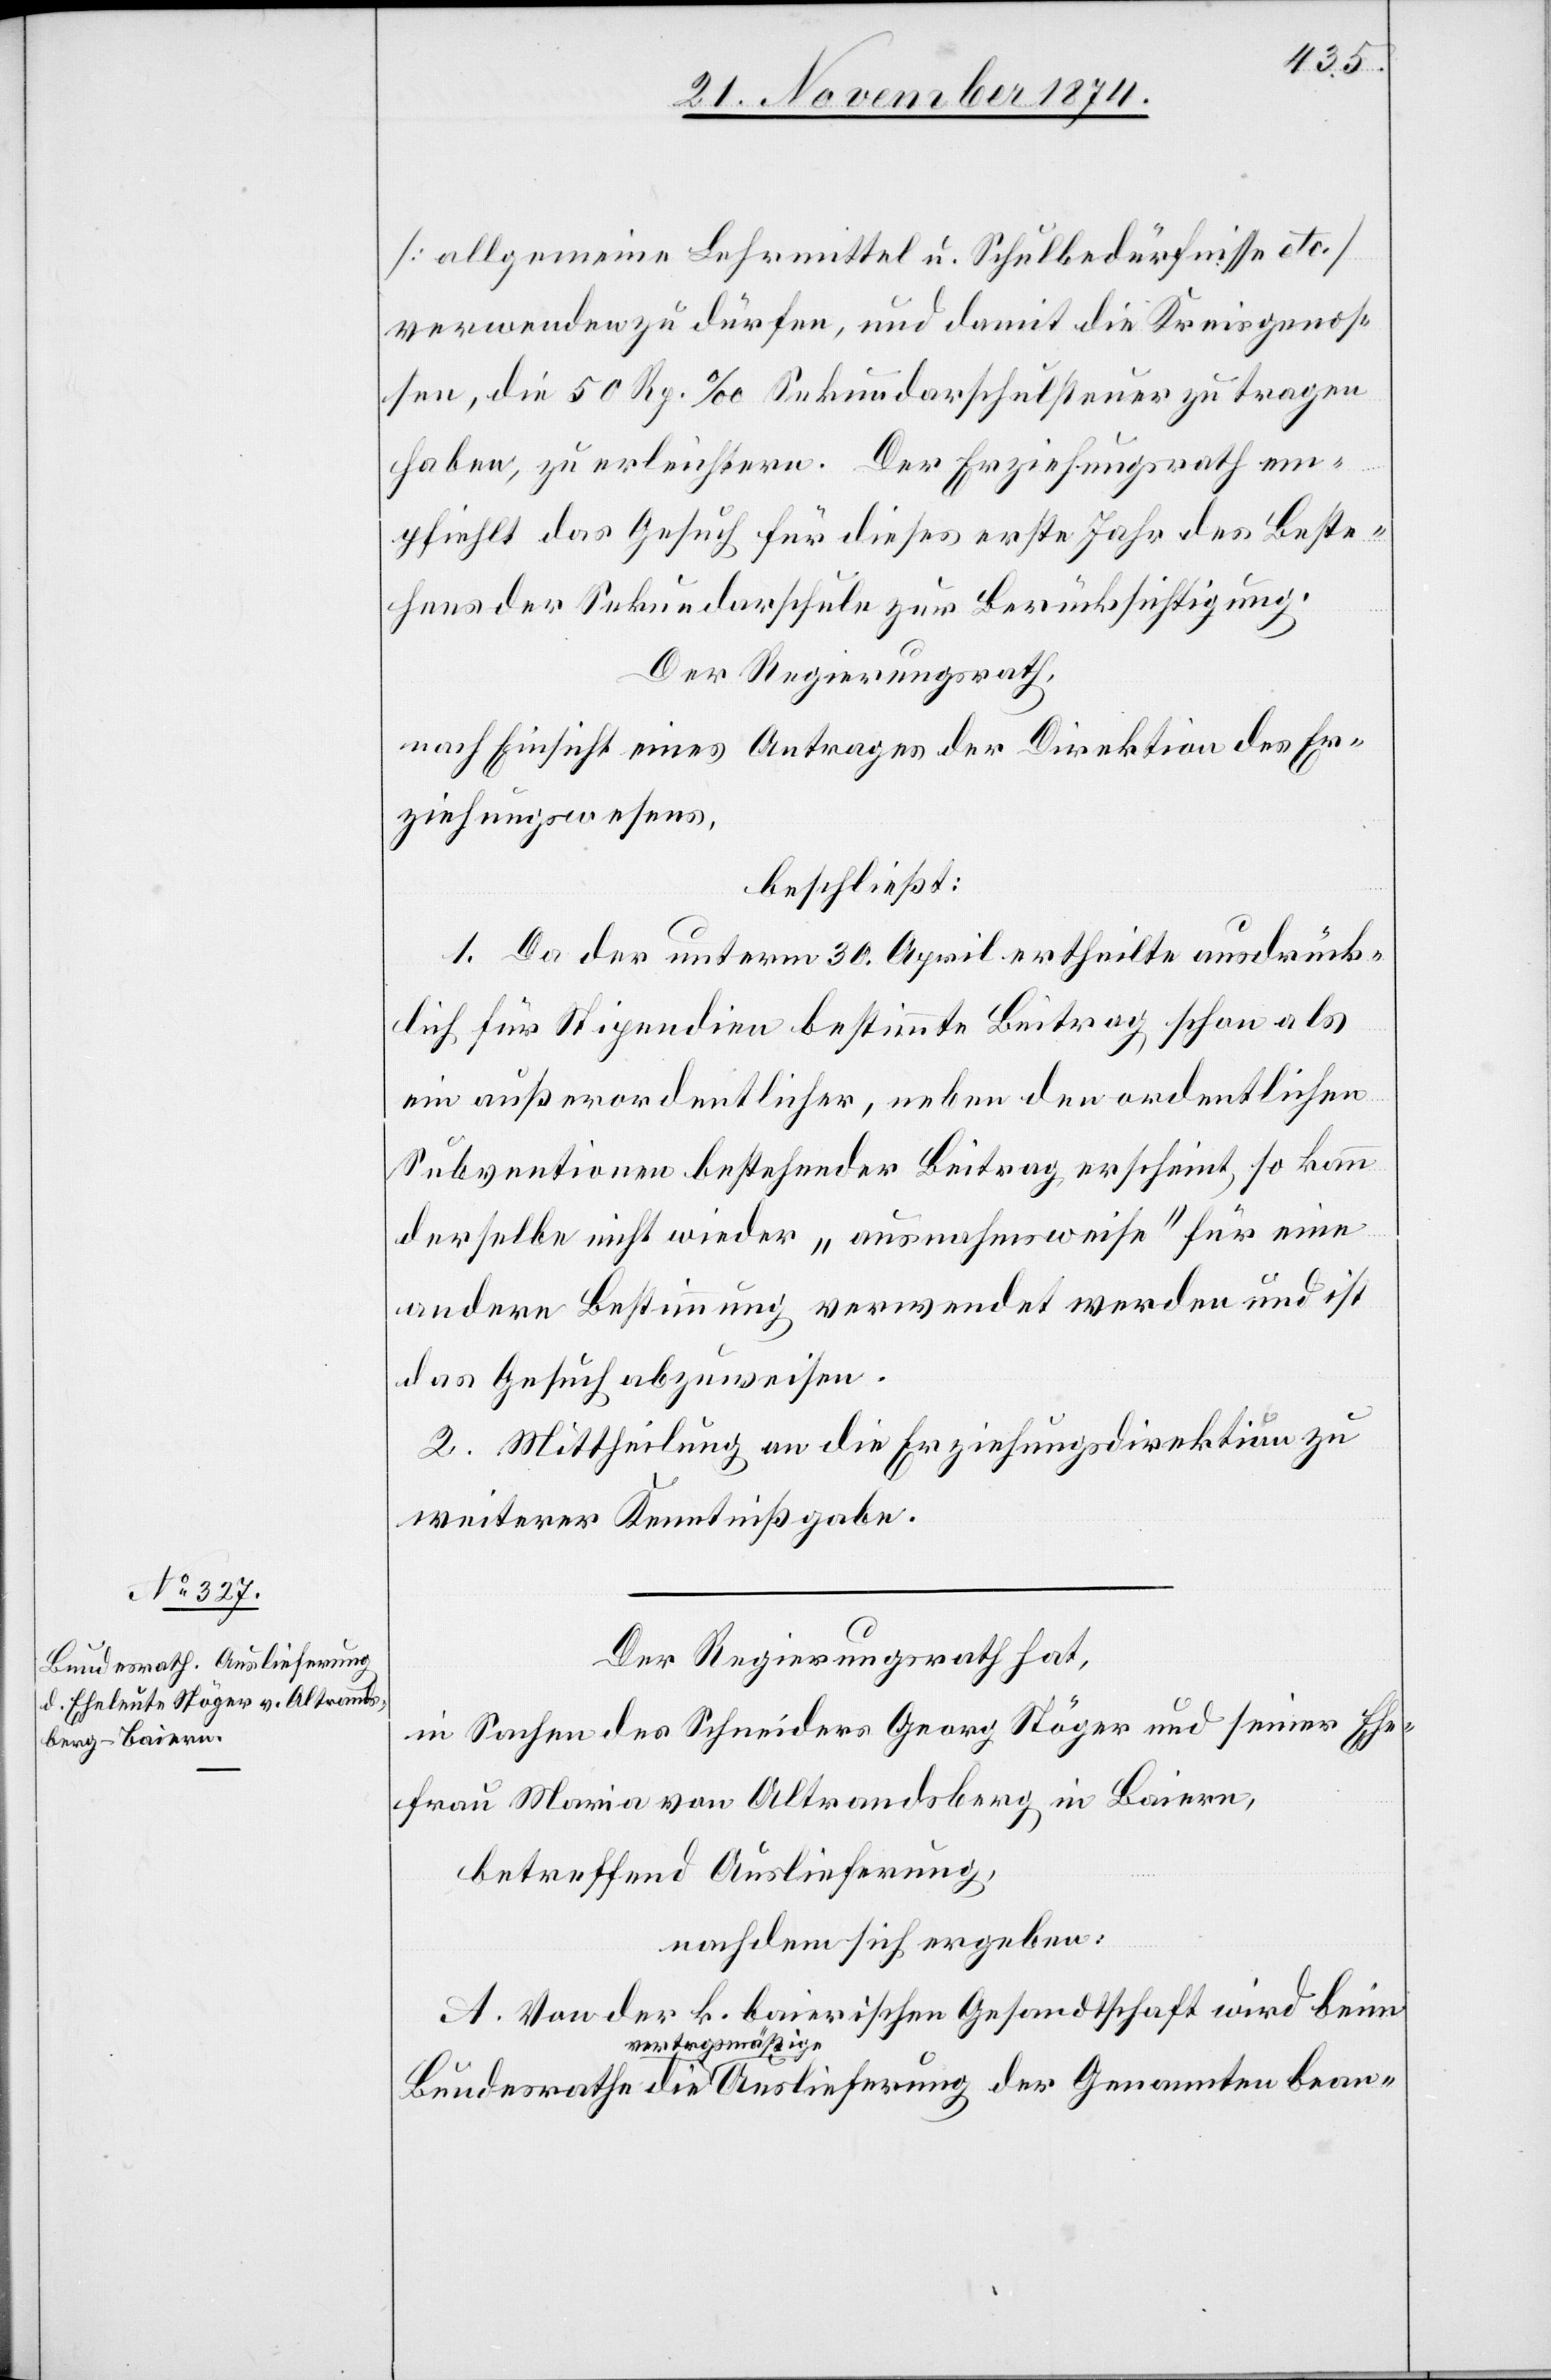
[allgemeine Lehrmittel u. Schulbedürfnisse etc.]
verwenden zu dürfen, und damit die Kreisgenos¬
sen, die 50 Rp.‰ Sekundarschulsteuer zu tragen
haben, zu erleichtern. Der Erziehungsrath em¬
pfiehlt das Gesuch für dieses erste Jahr des Beste¬
hens der Sekundarschule zur Berücksichtigung.
Der Regierungsrath,
nach Einsicht eines Antrages der Direktion des Er¬
ziehungswesens,
beschließt:
1. Da der unterm 30. April ertheilte ausdrück¬
lich für Stipendien bestimmte Beitrag schon als
ein außerordentlicher, neben den ordentlichen
Subventionen bestehender Beitrag erscheint, so kann
derselbe nicht wieder „ausnahmsweise“ für eine
andere Bestimmung verwendet werden und ist
das Gesuch abzuweisen.
2. Mittheilung an die Erziehungsdirektion zu
weiterer Kenntnißgabe.
Der Regierungsrath hat,
in Sachen des Schneiders Georg Stöger und seiner Ehe¬
frau Maria von Altrandsberg in Baiern,
betreffend Auslieferung,
nachdem sich ergeben:
A. Von der k. baierischen Gesandtschaft wird beim